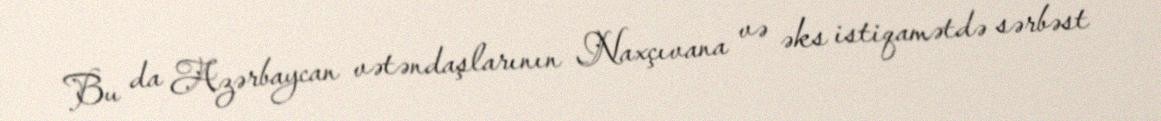
Bu da Azərbaycan vətəndaşlarının Naxçıvana və əks istiqamətdə sərbəst